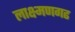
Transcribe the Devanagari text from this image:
लाक्ष्मणगढ